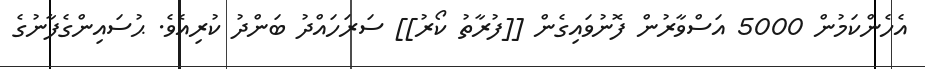
އެހެންކަމުން 5000 އަސްވާރުން ފޮނުވައިގެން [[ފުރާތު ކޯރު]] ސަރަހައްދު ބަންދު ކުރިއެވެ. ޙުސައިންގެފާނުގެ